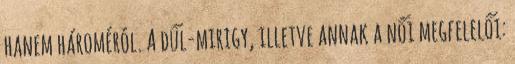
hanem hároméról. A dűl-mirigy, illetve annak a női megfelelői: